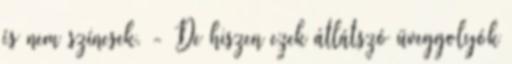
és nem színesek. - De hiszen ezek átlátszó üveggolyók